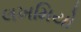
લખમિયો